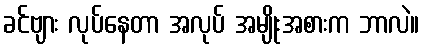
ခင်ဗျား လုပ်နေတာ အလုပ် အမျိုးအစားက ဘာလဲ။